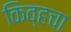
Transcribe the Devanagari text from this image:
किव्हचा